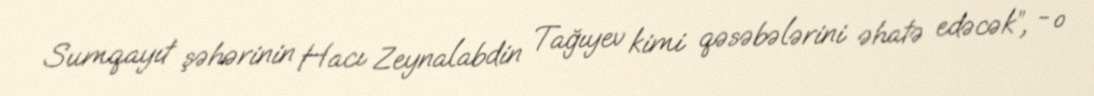
Sumqayıt şəhərinin Hacı Zeynalabdin Tağıyev kimi qəsəbələrini əhatə edəcək”, - o